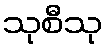
သုစီသု